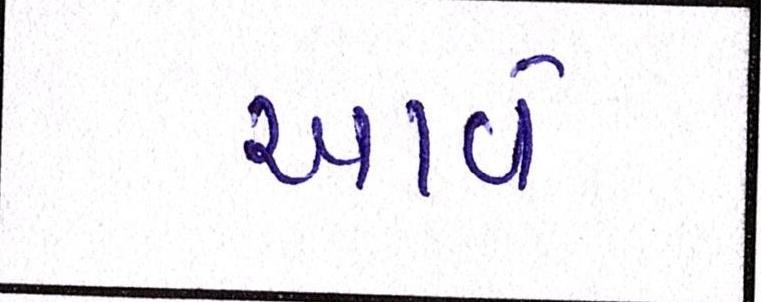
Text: આવે